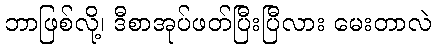
ဘာဖြစ်လို့၊ ဒီစာအုပ်ဖတ်ပြီးပြီလား မေးတာလဲ